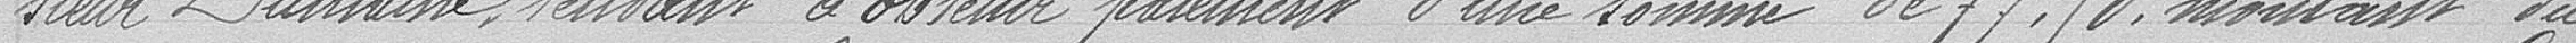
sieur Dumaine, tendant à obtenir paiement d'une somme de 77.50 montant du